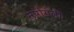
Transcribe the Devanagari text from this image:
स्पोगली